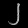
Digit: ၂